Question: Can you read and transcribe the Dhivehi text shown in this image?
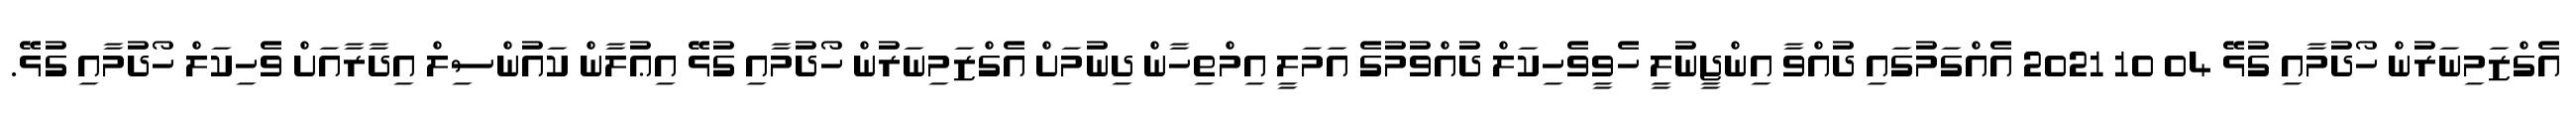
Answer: އެގްޒަމިނަރުން ހޯދުމާއި ގުޅޭ 04 10 2021 އެއްގަމުގައި ދުއްވާ އިންޖީނުލީ ހެވީވެހިކަލް ދުއްވުމުގެ އަމަލީ އިމްތިހާން ދިނުމަށް އެގްޒަމިނަރުން ހޯދުމާއި ގުޅޭ އިޢުލާން ކައުންސިލް އިދާރާއަށް ވެހިކަލް ހޯދުމާއި ގުޅޭ.